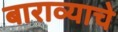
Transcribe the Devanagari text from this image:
बाराव्याचे